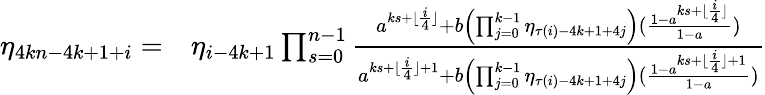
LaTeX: \begin{array}{rl}{\eta_{4kn-4k+1+i}=}&{\eta_{i-4k+1}\prod_{s=0}^{n-1}\frac{a^{ks+\lfloor\frac{i}{4}\rfloor}+b\left(\prod_{j=0}^{k-1}{\eta_{\tau(i)-4k+1+4j}}\right)(\frac{1-a^{ks+\lfloor\frac{i}{4}\rfloor}}{1-a})}{a^{ks+\lfloor\frac{i}{4}\rfloor+1}+b\left(\prod_{j=0}^{k-1}{\eta_{\tau(i)-4k+1+4j}}\right)(\frac{1-a^{ks+\lfloor\frac{i}{4}\rfloor+1}}{1-a})}}\end{array}